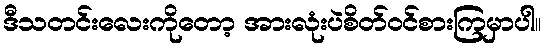
ဒီသတင်းလေးကိုတော့ အားလုံးပဲစိတ်ဝင်စားကြမှာပါ။